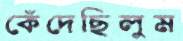
কেঁদেছিলুম